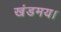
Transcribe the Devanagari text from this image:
खंडमय।